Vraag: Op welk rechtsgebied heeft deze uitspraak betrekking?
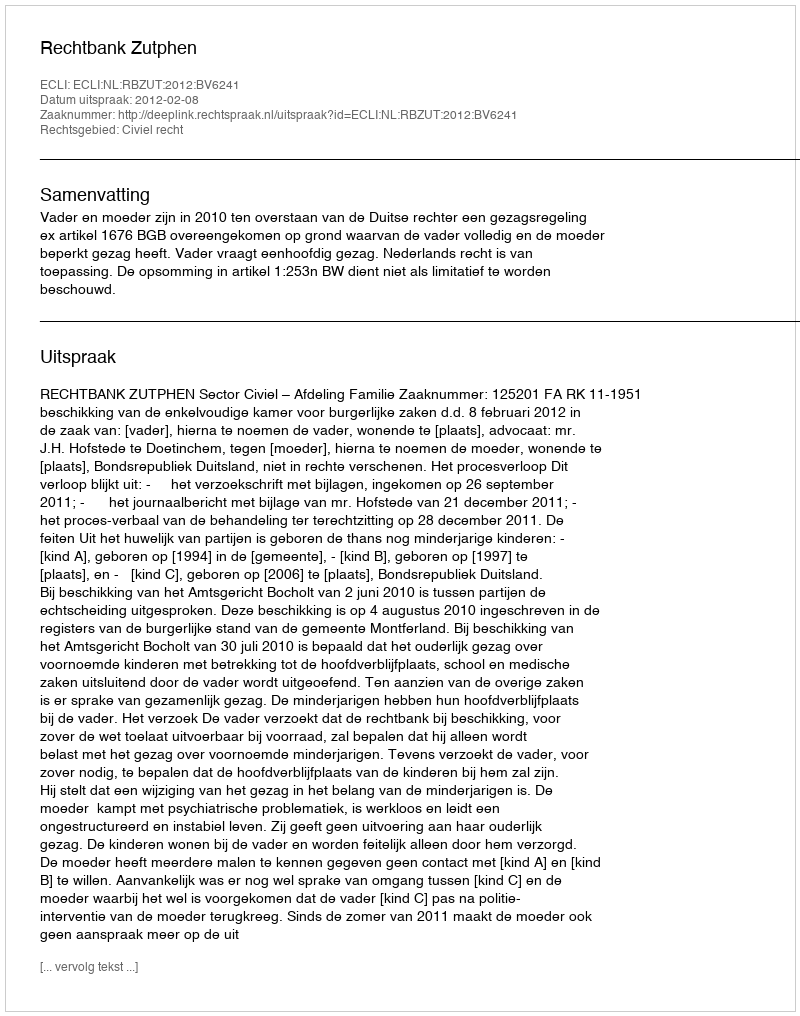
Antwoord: Civiel recht